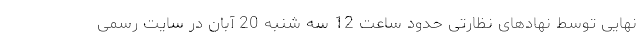
نهایی توسط نهادهای نظارتی حدود ساعت 12 سه شنبه 20 آبان در سایت رسمی